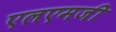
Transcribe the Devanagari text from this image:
एलएमजी